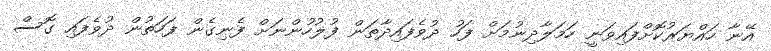
އޭނާ ހައްޔަރުކޮށްފައިވަނީ ހަމަލާދިނުމަށް ފަހު ދުވެފައިދާތަން ފުލުހުންނަށް ފެނިގެން ފަހަތުން ދުވެފައި ގޮސް